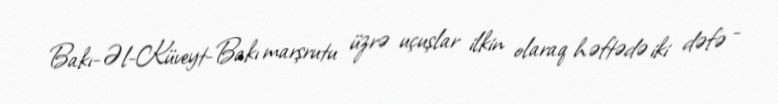
Bakı-Əl-Küveyt-Bakı marşrutu üzrə uçuşlar ilkin olaraq həftədə iki dəfə -